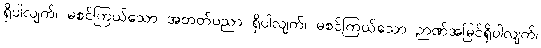
ရှိပါလျက်၊ မစင်ကြယ်သော အတတ်ပညာ ရှိပါလျက်၊ မစင်ကြယ်သော ဉာဏ်အမြင်ရှိပါလျက်၊